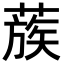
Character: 蔟